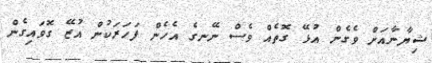
ޝިޔާނާއަށް ވެގެން އުޅޭ ގޮތެއް ވެސް ނޭނގެ އެހެން ފަހަރަކުން އުޒޭ ގޮވައިގެން